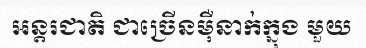
អន្តរជាតិ ជាច្រើនម៉ឺនាក់ក្នុង មួយ